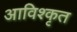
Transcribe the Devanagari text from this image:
आविश्कृत